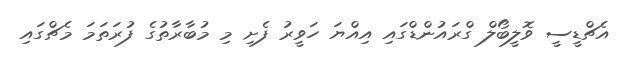
އެޗްޑީސީ ވޮލީބޯލް ގްރައުންޑްގައި އިއްޔަ ހަވީރު ފެށި މި މުބާރާތުގެ ފުރަތަމަ މެޗްގައި